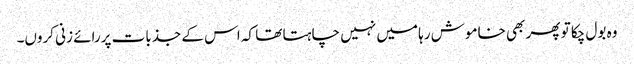
وہ بول چکا تو پھر بھی خاموش رہا میں نہیں چاہتا تھا کہ اس کے جذبات پررائے زنی کروں۔